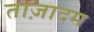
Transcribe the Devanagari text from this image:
ताज़ादम